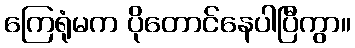
ကြေရုံမက ပိုတောင်နေပါပြီကွာ။